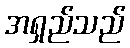
အရှည်သည်